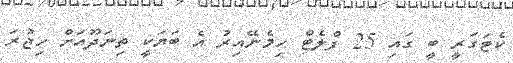
ކެޓަގަރީ ބީ ގައި 25 ފްލެޓް ހިމެނޭއިރު އެ ބަޔަކީ ތިނަދޫއަށް ހިޖުރަ